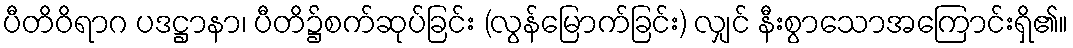
ပီတိဝိရာဂ ပဒဋ္ဌာနာ၊ ပီတိ၌စက်ဆုပ်ခြင်း (လွန်မြောက်ခြင်း) လျှင် နီးစွာသောအကြောင်းရှိ၏။